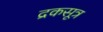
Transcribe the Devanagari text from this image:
द्रकसूत्र